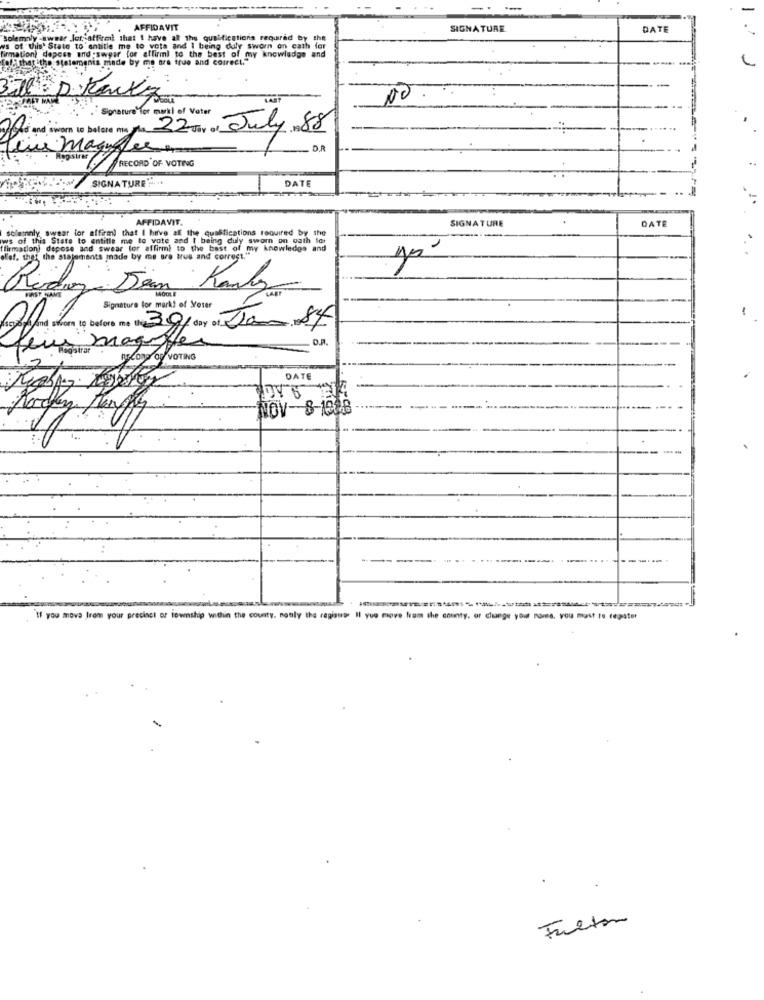
AFFIDAVIT
SIGNATURE
DATE
solemnly -awaar Jor, affirml that I have at the qualifications required by the
ws of this' Stato to entitle me to vots and I being duly sworn on cath for
firmation) depess and:swear for affirml to the best of my knowledge and
made by me Br
00
Signature for markl of Vater
Ffi and sworn to balste ms /s. 22 tiy of July.88
Jeux Manager
D.R
RECORD OF VOTING
SIGNATURE"
DATE
AFFIDAVIT.
DATE
solemnly swear for affirm) that I have all the qualifications required by the
SIGNATURE
ws of this State to entitle me to vote and I being duly sworn on oath to:
[firmation) dapose and swear for affirm) to the best of my knowledge and
of my knowledge and
the statements made by me are true and correct."
Roduz
Kandy
Signature for mark! of Meter
oper and storm to before me the 30% day of Jan, 8€
magne
FOR VOTING
DATE
NOV-8-19 8
If you move from your precinct or township within the county, notly the register Il yuo move from the county, or change your name, you must to regator
Fulton